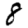
Digit: 8